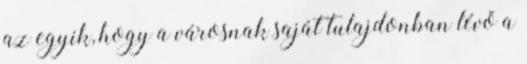
az egyik, hogy a városnak saját tulajdonban lévő a